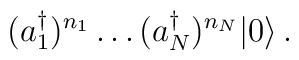
(a_1^\dagger)^{n_1}\ldots(a_N^\dagger)^{n_N}|0\rangle \,.